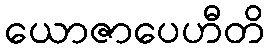
ယောဇာပေဟီတိ